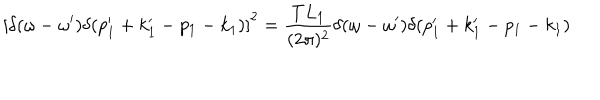
\left[ \delta ( \omega - \omega ^ { \prime } ) \delta ( p _ { 1 } ^ { \prime } + k _ { 1 } ^ { \prime } - p _ { 1 } - k _ { 1 } ) \right] ^ { 2 } = { \frac { T L _ { 1 } } { ( 2 \pi ) ^ { 2 } } } \delta ( \omega - \omega ^ { \prime } ) \delta ( p _ { 1 } ^ { \prime } + k _ { 1 } ^ { \prime } - p _ { 1 } - k _ { 1 } )